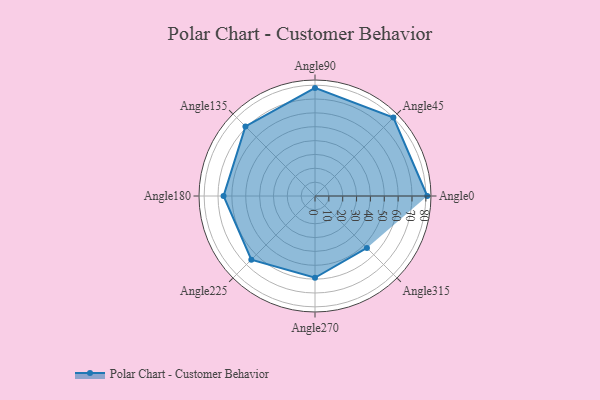
{"axis": {"x": "Angle", "y": "Radius"}, "legend": [""], "data": [{"x": "Angle0", "y": 81.0, "type": ""}, {"x": "Angle45", "y": 80.0, "type": ""}, {"x": "Angle90", "y": 78.0, "type": ""}, {"x": "Angle135", "y": 71.0, "type": ""}, {"x": "Angle180", "y": 66.0, "type": ""}, {"x": "Angle225", "y": 65.0, "type": ""}, {"x": "Angle270", "y": 59.0, "type": ""}, {"x": "Angle315", "y": 53.0, "type": ""}]}